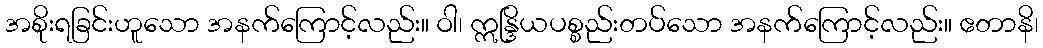
အစိုးရခြင်းဟူသော အနက်ကြောင့်လည်း။ ဝါ၊ ဣန္ဒြိယပစ္စည်းတပ်သော အနက်ကြောင့်လည်း။ ဧတာနိ၊